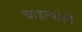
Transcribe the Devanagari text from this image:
चाहत्यांशी